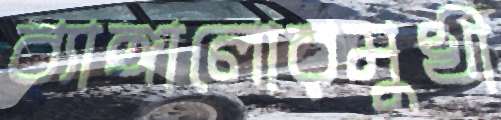
ব্যাঙ্গালোরমুখী